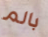
بالم